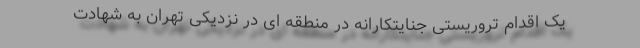
یک اقدام تروریستی جنایتکارانه در منطقه ای در نزدیکی تهران به شهادت